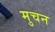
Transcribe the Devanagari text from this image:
मुचन